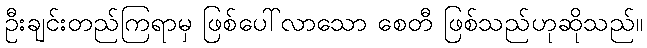
ဦးချင်းတည်ကြရာမှ ဖြစ်ပေါ်လာသော စေတီ ဖြစ်သည်ဟုဆိုသည်။